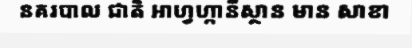
នគរបាល ជាតិ អាហ្វហ្កានីស្ថាន មាន សាខា